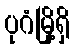
ပုဂံမြို့ရှိ